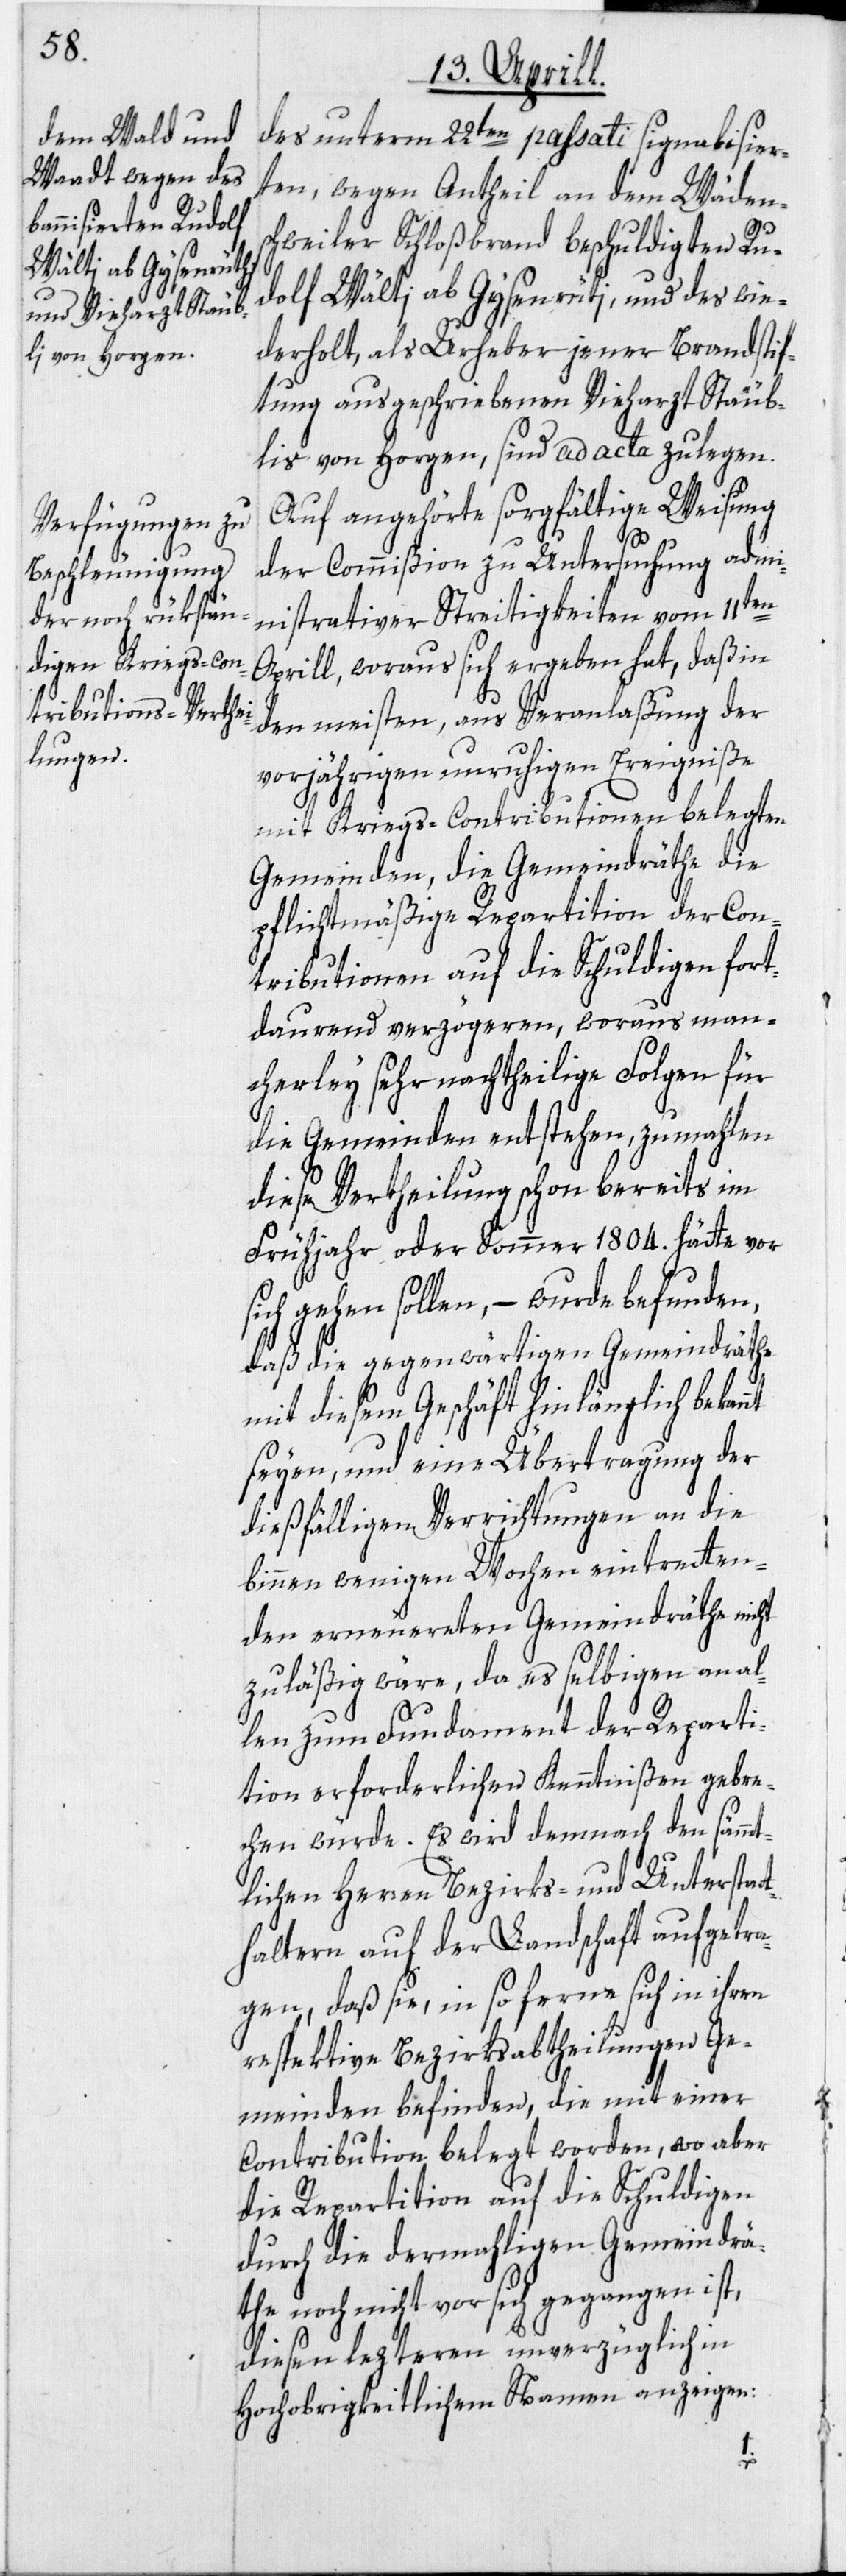
s¬

des unterm 22ten passati signalisier¬
ten, wegen Antheil an dem Wäden¬
schweiler Schloßbrand beschuldigten Ru¬
dolf Wälti ab Gysenrüti, und des wie¬
derholt, als Urheber jener Brandstif¬
tung ausgeschriebenen Vieharzt Stäub¬
lis von Horgen, sind ad acta zu legen.
Auf angehörte sorgfältige Weisung
der Commißion zu Untersuchung admi¬
nistrativer Streitigkeiten vom 11ten
Aprill, woraus sich ergeben hat, daß in
den meisten, aus Veranlaßung der
vorjährigen unruhigen Ereigniße
mit Kriegs-Contributionen belegten
Gemeinden, die Gemeindräthe die
pflichtmäßige Repartition der Con¬
tributionen auf die Schuldigen fort¬
daurend verzögeren, woraus man¬
cherley sehr nachtheilige Folgen für
die Gemeinden entstehen, zumahlen
diese Vertheilung schon bereits im
Frühjahr oder Sommer 1804. hätte vor
ich gehen sollen, – wurde befunden,
daß die gegenwärtigen Gemeindräthe
mit diesem Geschäft hinlänglich bekan¬
seyen, und eine Übertragung der
dießfälligen Verrichtungen an die
binnen wenigen Wochen eintretten¬
den erneuereten Gemeindräthe nicht
zuläßig wäre, da es selbigen an al¬
len zum Fundament der Reparti¬
tion erforderlichen Kenntnißen gebre¬
chen würde. Es wird demnach den sämmt¬
lichen Herren Bezirks- und Unterstat¬
thaltern auf der Landschaft aufgetra¬
gen, daß sie, in so ferne sich in ihren
respektive Bezirksabtheilungen Ge¬
meinden befinden, die mit einer
Contribution belegt worden, wo aber
die Repartition auf die Schuldigen
durch die dermahligen Gemeindrä¬
the noch nicht vor sich gegangen ist,
diesen lezteren unverzüglich in
Hochobrigkeitlichem Namen anzeigen:
nt